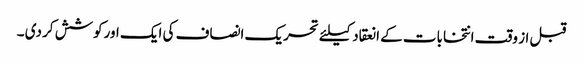
قبل از وقت انتخابات کے انعقاد کیلئے تحریک انصاف کی ایک اورکوشش کر دی ۔